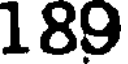
189